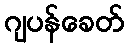
ဂျပန်ခေတ်